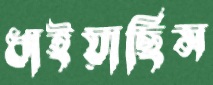
ধাইয়াছিস